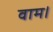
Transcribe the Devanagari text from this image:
वाम।